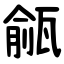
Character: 㼶